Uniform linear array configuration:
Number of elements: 48
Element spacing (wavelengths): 0.75
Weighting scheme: hann
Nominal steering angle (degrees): -60
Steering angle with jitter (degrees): -61.936
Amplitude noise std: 0.05
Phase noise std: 0.05

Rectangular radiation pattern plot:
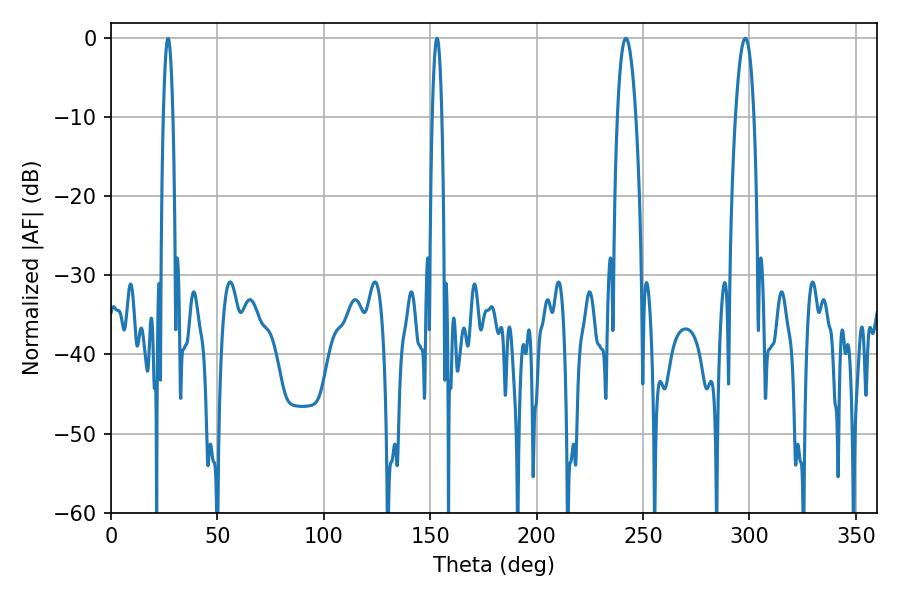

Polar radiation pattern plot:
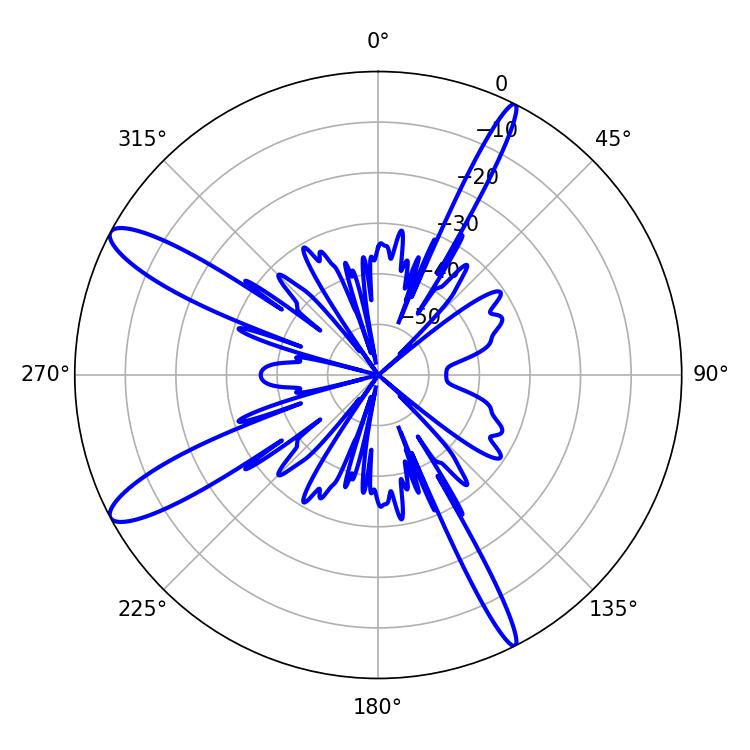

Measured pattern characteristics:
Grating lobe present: TRUE
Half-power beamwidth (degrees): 4.86
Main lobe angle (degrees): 241.92